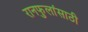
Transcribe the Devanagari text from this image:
रानफुलांसाठी